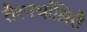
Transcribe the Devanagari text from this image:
तैरनर्थाश्रितै